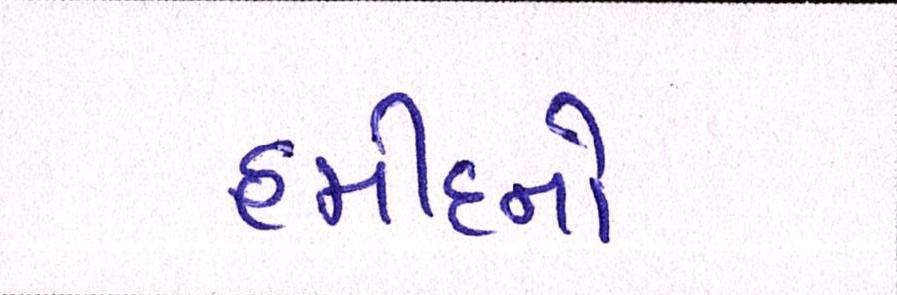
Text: હમીદનો